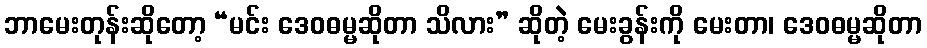
ဘာမေးတုန်းဆိုတော့ “မင်း ဒေဝဓမ္မဆိုတာ သိလား” ဆိုတဲ့ မေးခွန်းကို မေးတာ၊ ဒေဝဓမ္မဆိုတာ